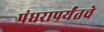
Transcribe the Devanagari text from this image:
पंधरापर्यंतचे